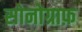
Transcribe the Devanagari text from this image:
सोनोग्राफ़